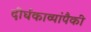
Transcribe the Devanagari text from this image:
दीर्घकाव्यांपैकी